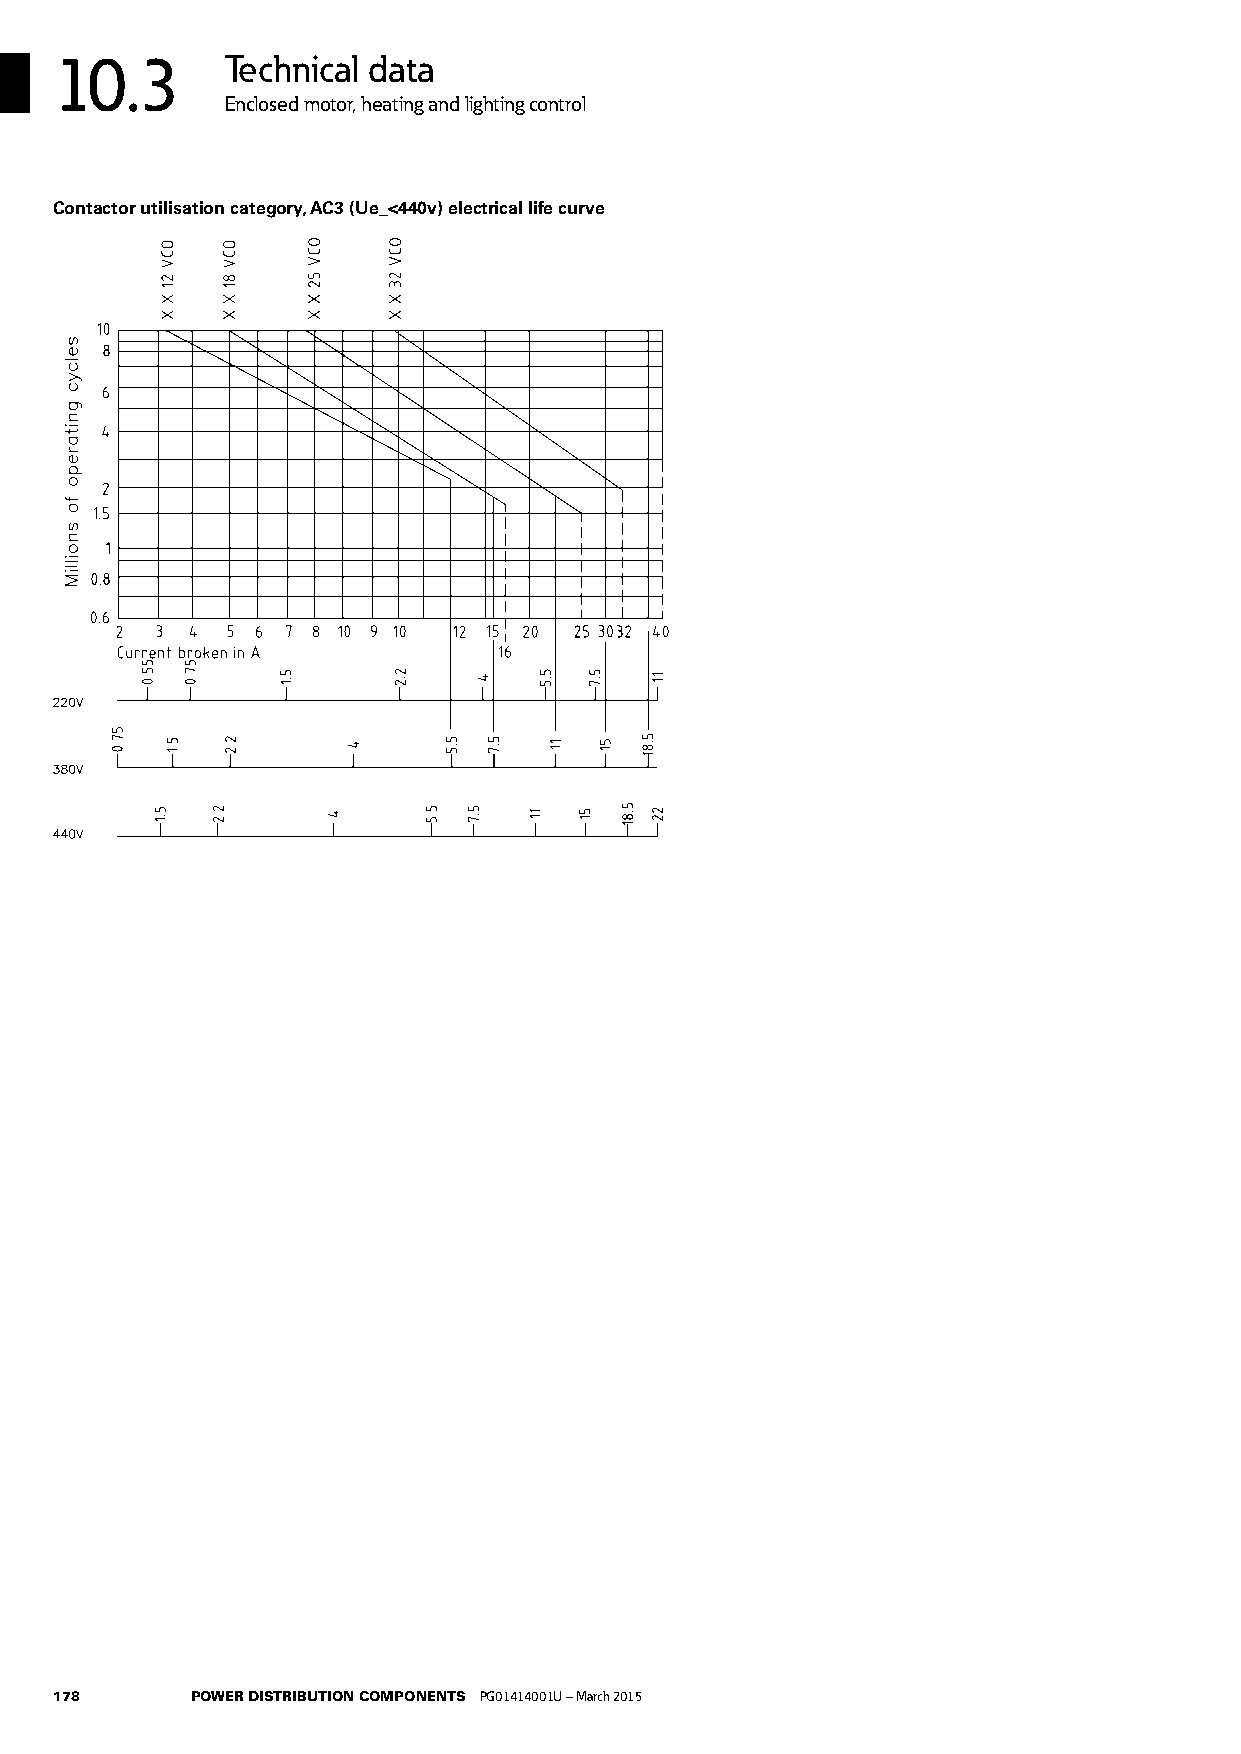
10.3       Technical data
 Enclosed motor, heating and lighting control
 Contactor utilisation category, AC3 (Ue_<440v) electrical life curve
 178      POWER DISTRIBUTION COMPONENTS PG01414001U – March 2015